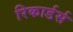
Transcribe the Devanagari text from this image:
रिकार्डर्स